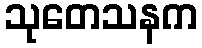
သုတေသနက